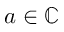
a \in \mathbb { C }